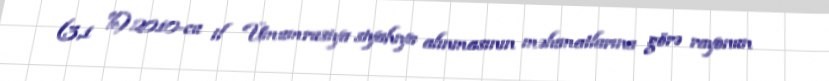
(3,1 %).2010-cu il Ümumrusiya siyahıya alınmasının məlumatlarına görə rayonun